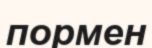
пормен